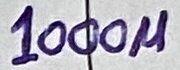
Text: 1000µ